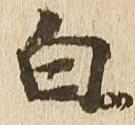
白